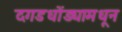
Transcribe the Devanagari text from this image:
दगडधोंड्यामधून